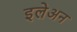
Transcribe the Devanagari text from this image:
इलेअन